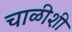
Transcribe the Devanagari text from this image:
चाळीशी